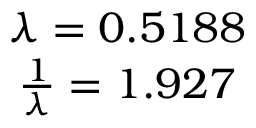
\begin{array} { c } { \lambda = 0 . 5 1 8 8 } \\ { \frac { 1 } { \lambda } = 1 . 9 2 7 } \end{array}